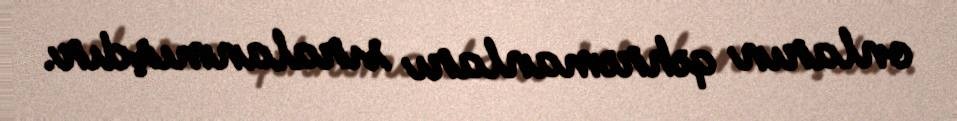
onların qəhrəmanları sıralanmışdır.